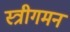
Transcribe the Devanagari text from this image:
स्त्रीगमन